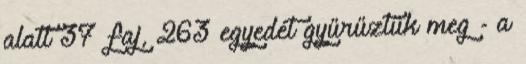
alatt 37 faj, 263 egyedét gyűrűztük meg - a